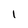
Character: 1